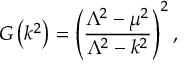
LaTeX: G \left( k ^ { 2 } \right) = \left( \frac { \Lambda ^ { 2 } - \mu ^ { 2 } } { \Lambda ^ { 2 } - k ^ { 2 } } \right) ^ { 2 } ,